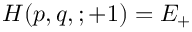
H ( p , q , ; + 1 ) = E _ { + }